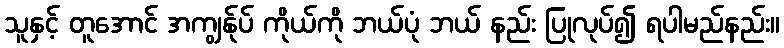
သူနှင့် တူအောင် အကျွန်ုပ် ကိုယ်ကို ဘယ်ပုံ ဘယ် နည်း ပြုလုပ်၍ ရပါမည်နည်း။